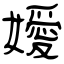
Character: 嬡